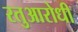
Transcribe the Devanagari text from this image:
रतुआरोधी